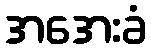
အအေးခံ